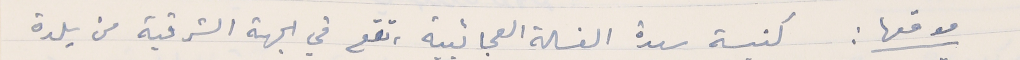
موقعها : كنيسة سيدة الغسالة العجائبية، تقع في الجهة الشرقية من بلدة